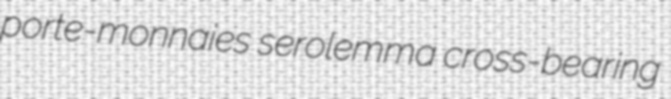
porte-monnaies serolemma cross-bearing